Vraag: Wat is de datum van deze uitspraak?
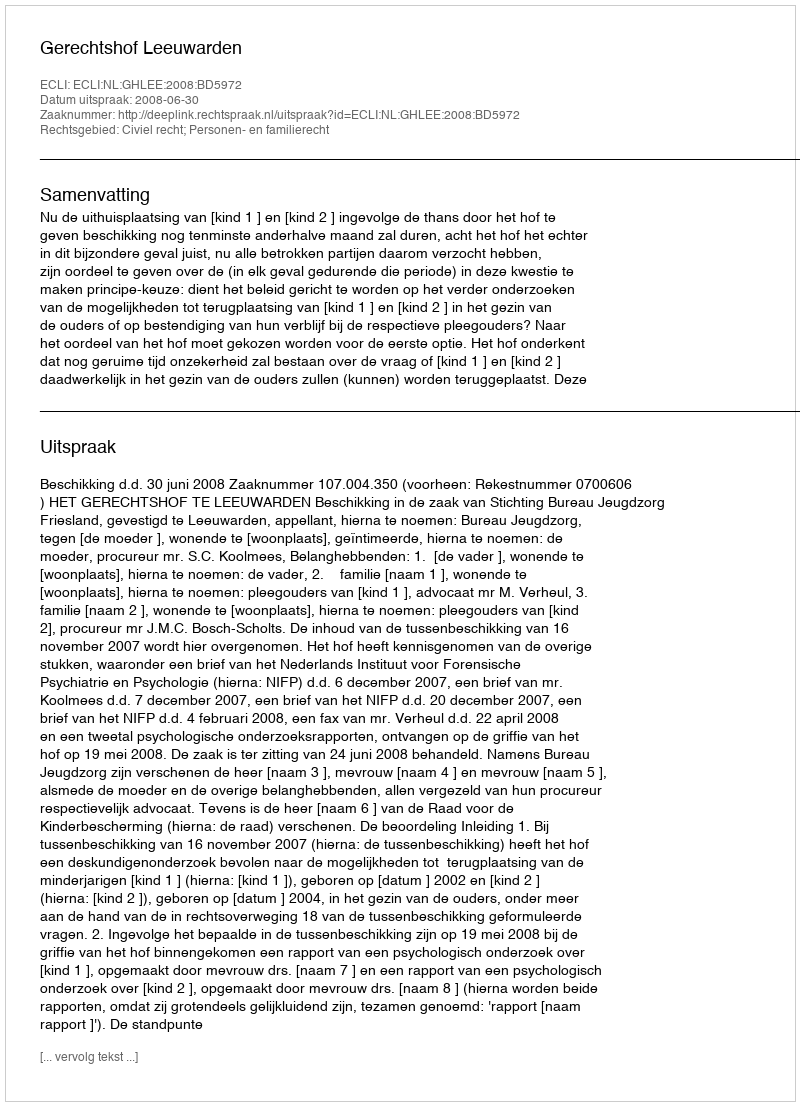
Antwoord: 2008-06-30